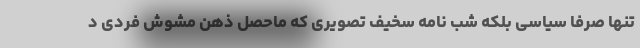
تنها صرفا سیاسی بلکه شب نامه سخیف تصویری که ماحصل ذهن مشوش فردی د